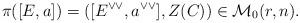
LaTeX: \begin{align*}\pi([E,a])=([E^{\vee\vee},a^{\vee\vee}],Z(C))\in\mathcal{M}_{0}(r,n).\end{align*}